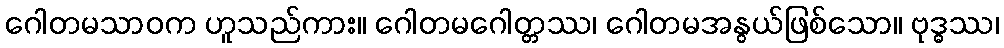
ဂေါတမသာဝက ဟူသည်ကား။ ဂေါတမဂေါတ္တဿ၊ ဂေါတမအနွယ်ဖြစ်သော။ ဗုဒ္ဓဿ၊